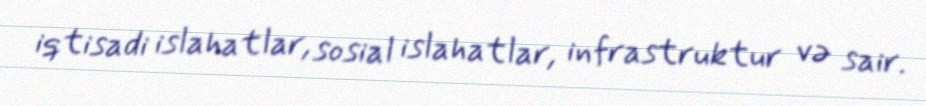
iqtisadi islahatlar, sosial islahatlar, infrastruktur və sair.